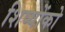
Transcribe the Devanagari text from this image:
शिष्योंको